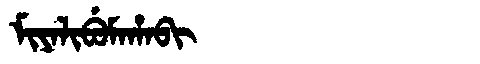
Manchu: ᠮᡳᠶᠠᠯᡳᠪᡠᠮᠠᡥᠠᠪᡳ
Romanization: MIYALIBUMAHABI